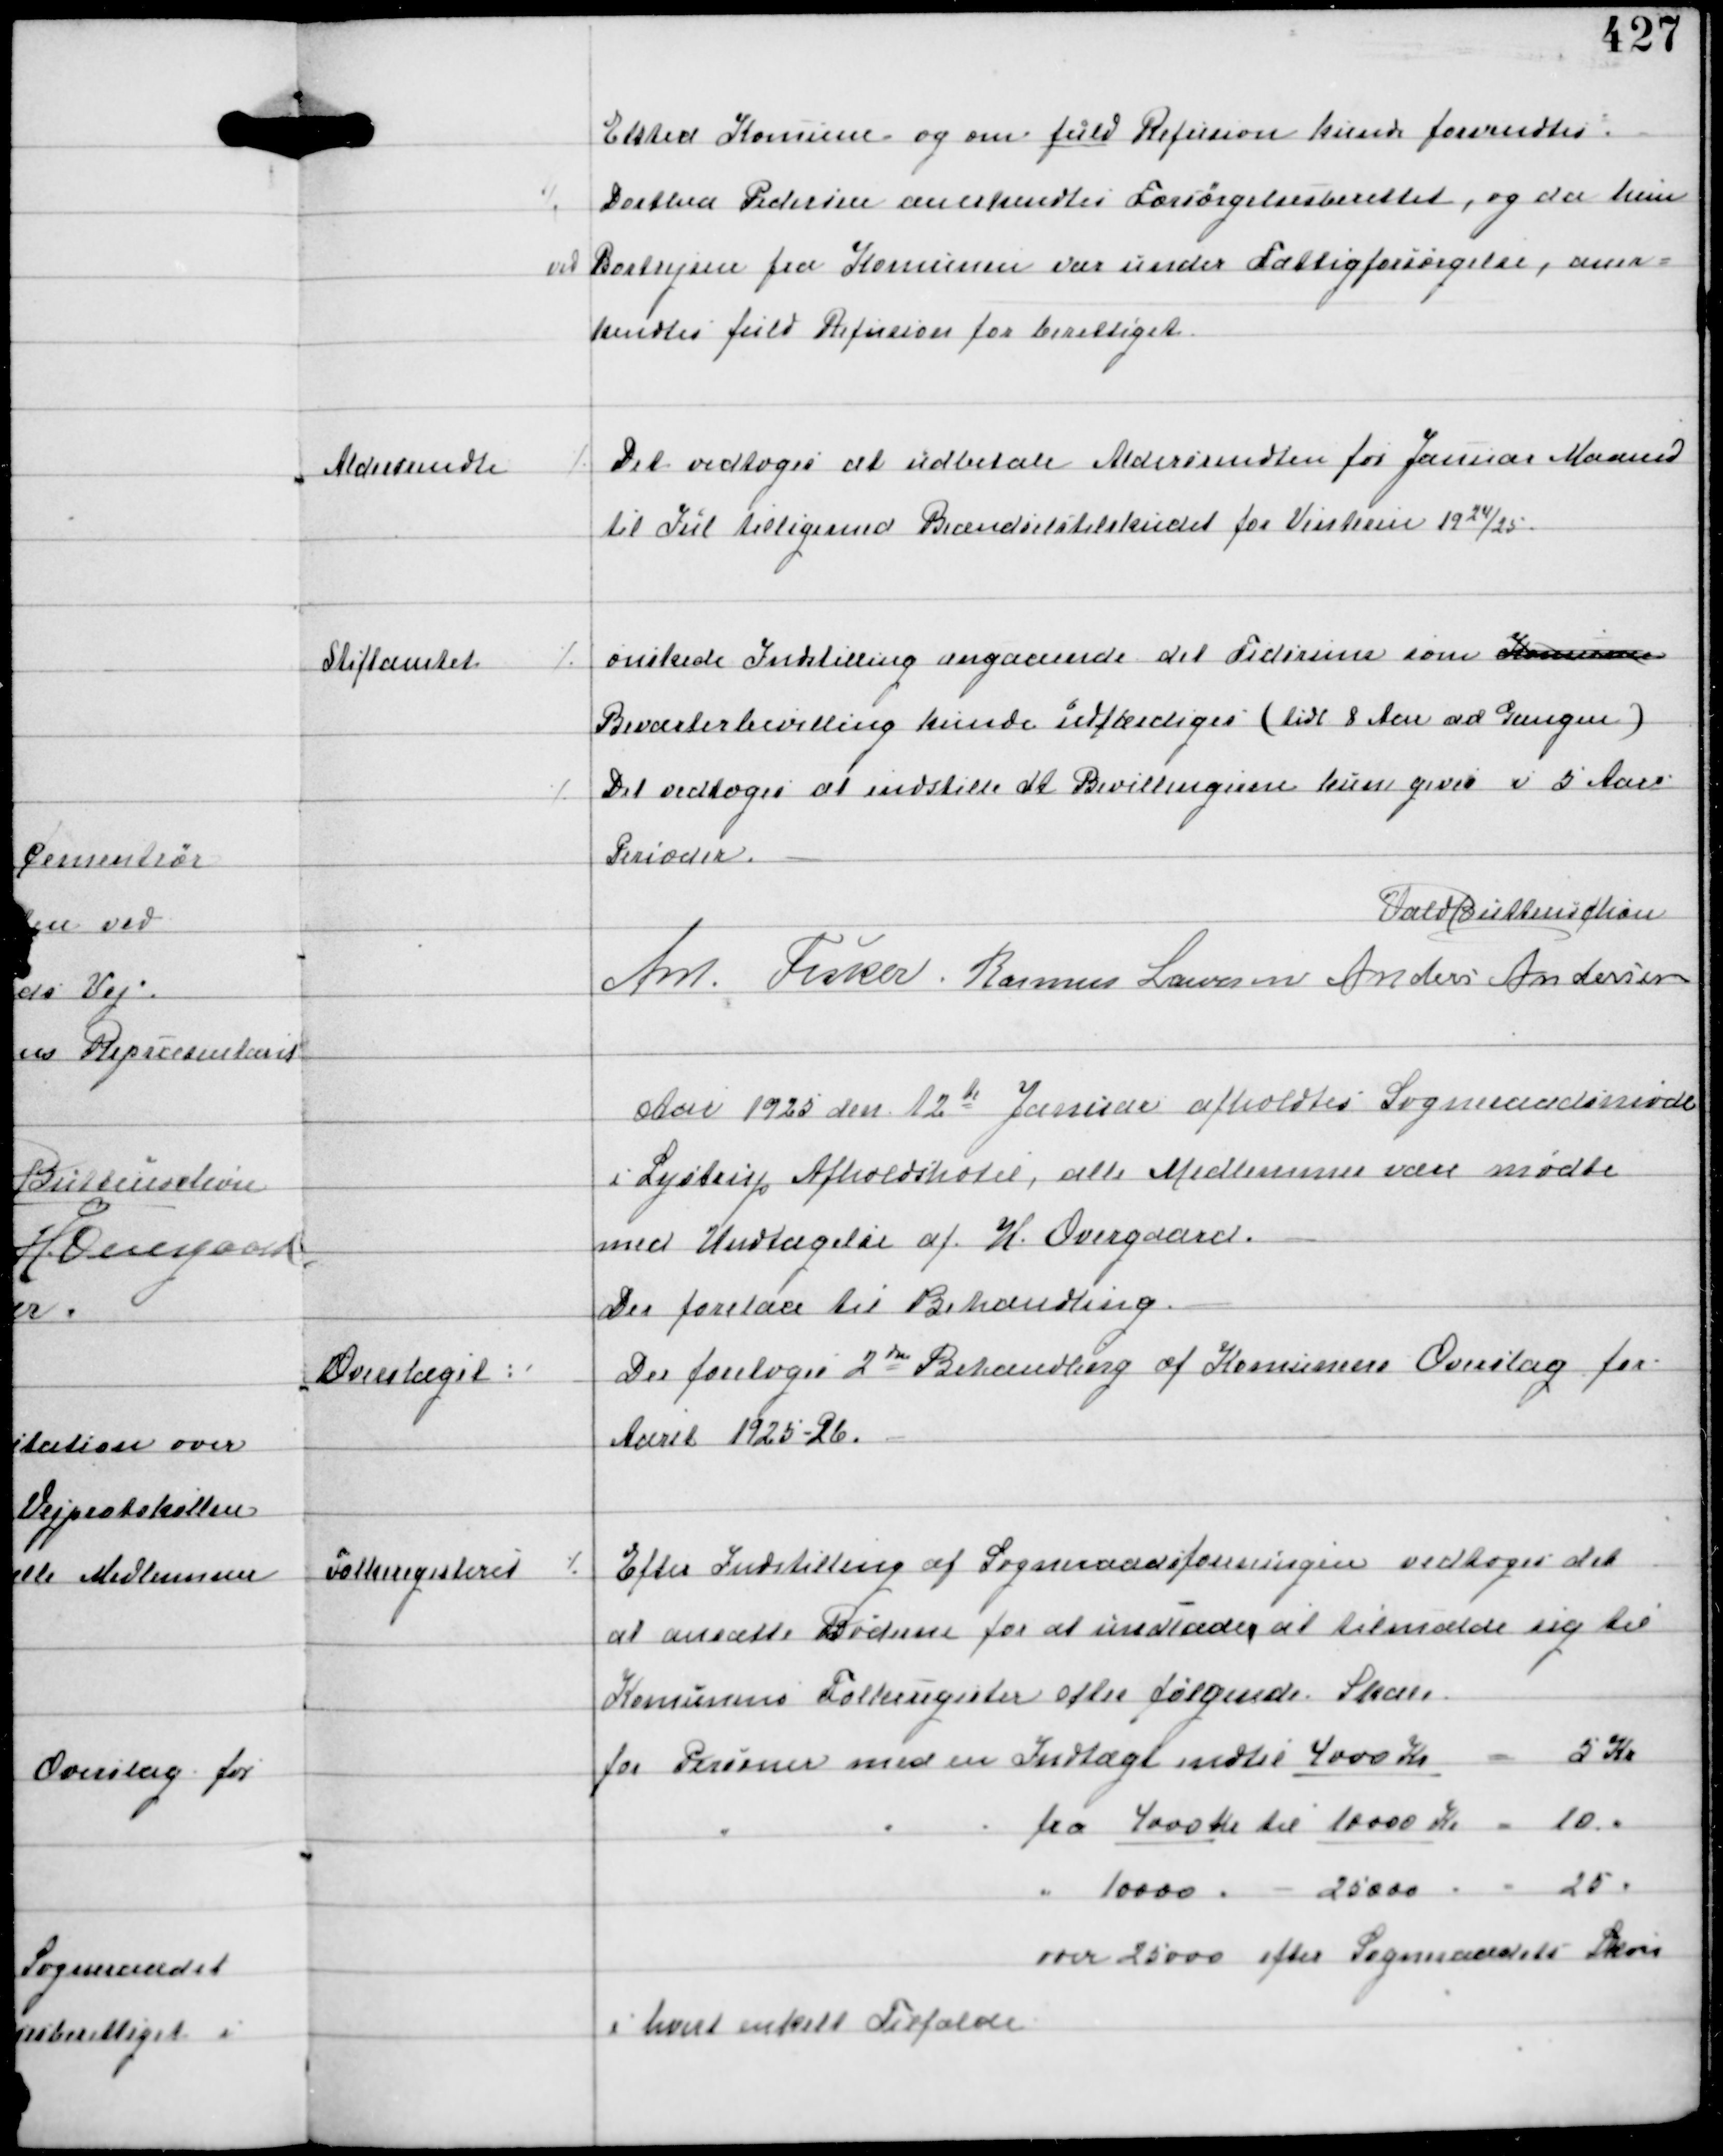
Transskription:
Elsted Komune og om fuld Refusion kunde forvendtes
⁒ Dorthea Pedersen anerkendtes Forsørgelsesberettet, og da hun
ved Bortrejsen fra Komunen var under Fattigforsørgelse, aner-
kendtes fuld Refusion for berettiget.

Aldersrendte

⁒ Det vedtoges at udbetale Aldersrendten for Januar Maaned
til Jul tilligemed Brændselstilskudet for Vinteren 1924/25.

Stiftamtet

⁒ ønskede Indstilling angaaende det Tidsrum som Komunen
Beværterbevilling kunde udfærdiges (tidl 8 Aar ad Gangen)
⁒ Det vedtoges at indstille at Bevillingerne kun gives i 5 Aars
Perioder.

Vald Buttenschøn
Ant Fisker Rasmus Laursen Anders Andersen

Aar 1925 den 12te Januar afholdtes Sogneraadsmøde
i Lystrup Afholdshotel, alle Medlemmer vare mødte
med Undtagelse af H. Overgaard.
Der forelaa til Behandling.

Overslaget:

Der foretoges 2den Behandling af Komunens Overslag for
Aaret 1925-26.

Folkeregistret

⁒ Efter Indstilling af Sogneraadsforeningen vedtoges det
at ansætte Bøderne for at undlade at tilmælde sig til
Komunens Folkeregister efter følgende Skat.
for Personer med en Indtægt indtil 4000 Kr = 5 Kr
" " " fra 4000 Kr til 10000 Kr = 10 "
" 10000 " - 25000 " = 25 "
over 25000 efter Sogneraadets Skøn
i hvert enkelt Tilfælde